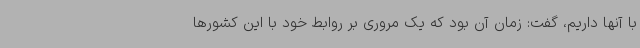
با آنها داریم، گفت: زمان آن بود که یک مروری بر روابط خود با این کشورها